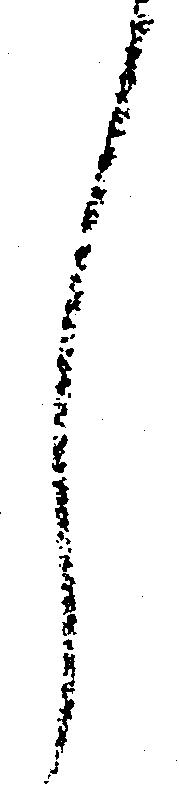
し